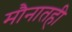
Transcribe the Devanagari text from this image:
मौनातही